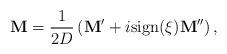
LaTeX: \begin{align*}\mathbf{M}=\frac{1}{2D}\left(\mathbf{M}'+i\mathrm{ sign}(\xi)\mathbf{M}''\right),\end{align*}